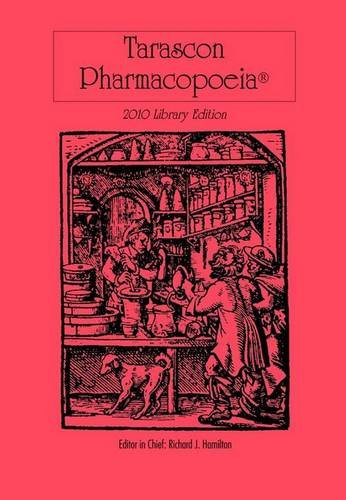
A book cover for Tarascon Pharmacopoeia 2010 Library Edition (Tarascon Pharmacopoeia: Library Edition); MD, FAAEM, FACMT, FACEP, Editor in Chief, Richard J. Hamilton; Medical Books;